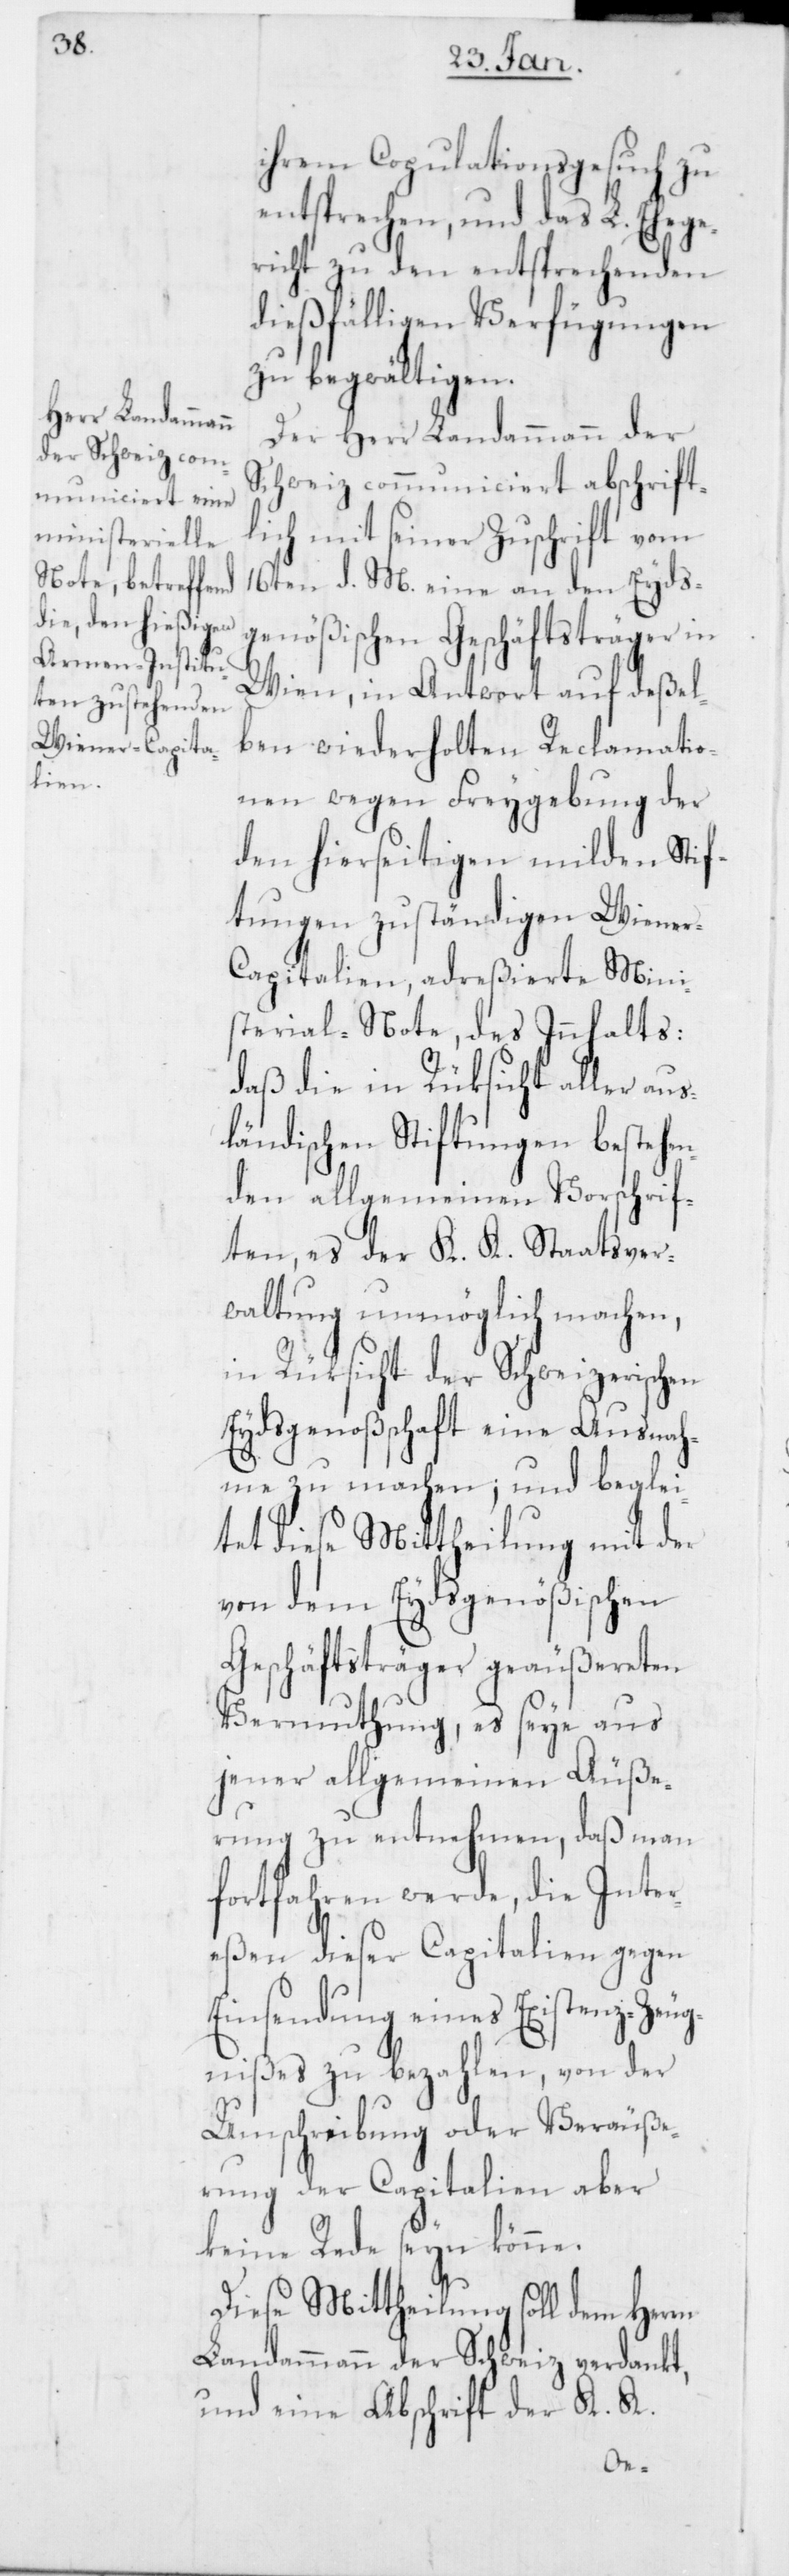
ihrem Copulationsgesuch zu
entsprechen, und das L. Ehege¬
richt zu den entsprechenden
dießfälligen Verfügungen
zu begwältigen.
Der Herr Landammann der
Schweiz communiciert abschrift¬
lich mit seiner Zuschrift vom
16ten d. M. eine an den Eyds¬
genößischen Geschäftsträger in
Wien, in Antwort auf deßel¬
ben wiederholten Reclamatio¬
nen wegen Freygebung der
den hierseitigen milden Sti¬
ftungen zuständigen Wiene¬
r-Capitalien, adreßierte Mini¬
sterial-Note, des Innhalts:
daß die in Rüksicht aller aus¬
ländischen Stiftungen bestehen¬
den allgemeinen Vorschrif¬
ten, es der K. K. Staatsver¬
waltung unmöglich machen,
in Rüksicht der Schweizerischen
Eydsgenoßschaft eine Ausnah¬
me zu machen; und beglei¬
tet diese Mittheilung mit der
von dem Eydsgenößischen
Geschäftsträger geäußereten
Vermuthung, es seye aus
jener allgemeinen Äuße¬
rung zu entnehmen, daß man
fortfahren werde, die Inter¬
eßen dieser Capitalien gegen
Einsendung eines Existenz-Zeug¬
nißes zu bezahlen, von der
Umschreibung oder Veräuße¬
rung der Capitalien aber
keine Rede seyn könne.
Diese Mittheilung soll dem Herrn
Landammann der Schweiz verdankt,
und eine Abschrift der K. K.